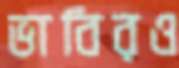
ভাবিরও